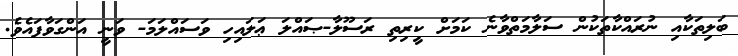
ބަލިތަކާއި ނުރައްކާތަކުން ސަލާމަތްވާނެ ކަމަށް ކީރިތި ރަސޫލާ-ޞައްލަ ޢަލައިހި ވަސައްލަމަ- ވަނީ އަންގަވާފައެވެ.